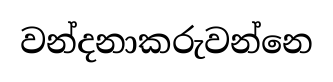
වන්දනාකරුවන්නෙ